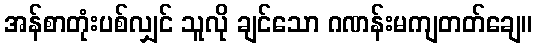
အန်စာတုံးပစ်လျှင် သူလို ချင်သော ဂဏန်းမကျတတ်ချေ။